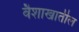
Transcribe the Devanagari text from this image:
वैशाखातील